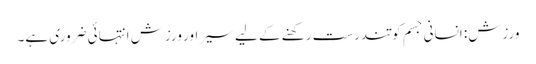
ورزش: انسانی جسم کو تندرست رکھنے کے لیے سیر اور ورزش انتہائی ضروری ہے۔